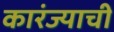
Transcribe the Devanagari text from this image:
कारंज्याची